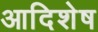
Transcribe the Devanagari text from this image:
आदिशेष